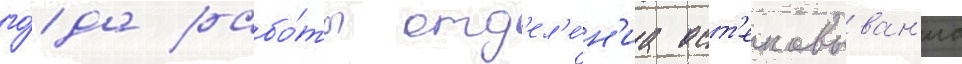
го́да рабо́ты отд'ел'е́н'иа ост'екловыван'иа